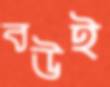
বউই